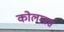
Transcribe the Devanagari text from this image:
कोलम्वस